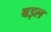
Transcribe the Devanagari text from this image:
बइल